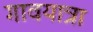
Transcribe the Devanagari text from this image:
गावयात्रा